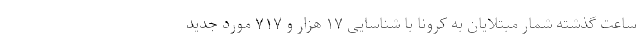
ساعت گذشته شمار مبتلایان به کرونا با شناسایی ۱۷ هزار و ۷۱۷ مورد جدید